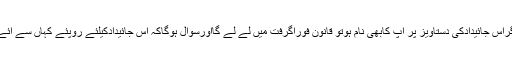
اگراس جائیدادکی دستاویز پر آپ کابھی نام ہوتو قانون فوراگرفت میں لے لے گااورسوال ہوگاکہ اس جائیدادکیلئے روپئے کہاں سے آئے۔